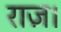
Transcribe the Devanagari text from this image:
राज़।